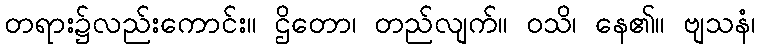
တရား၌လည်းကောင်း။ ဌိတော၊ တည်လျက်။ ဝသိ၊ နေ၏။ ဗျသနံ၊